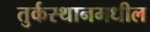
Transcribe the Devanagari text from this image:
तुर्कस्थानमधील